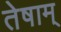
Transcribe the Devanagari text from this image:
तेषाम्